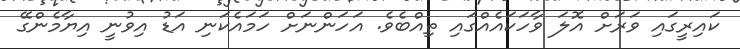
ކައިރީގައި ވަރަށް އޮލަ ވާހަކައެއްގައި ތިއްބެވެ. އަހަންނަށް ހަމައެކަނި އަޑު އިވުނީ އިޔާމެންގޭ